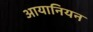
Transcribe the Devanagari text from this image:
आयानियन